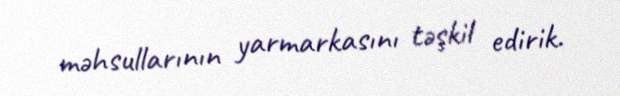
məhsullarının yarmarkasını təşkil edirik.